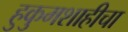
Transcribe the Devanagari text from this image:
हुकुमशाहीचा